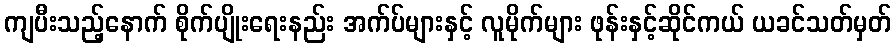
ကျပီးသည့်နောက် စိုက်ပျိုးရေးနည်း အက်ပ်များနှင့် လူမိုက်များ ဖုန်းနှင့်ဆိုင်ကယ် ယခင်သတ်မှတ်